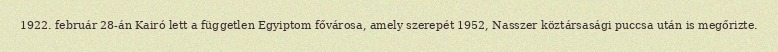
1922. február 28-án Kairó lett a független Egyiptom fővárosa, amely szerepét 1952, Nasszer köztársasági puccsa után is megőrizte.